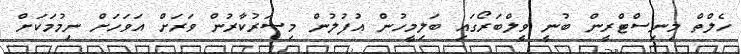
ހެލްތް މިނިސްޓްރީން ބުނީ ވީލްބަރޯގައި ބަލިމީހުން އުފުލުން މިސަރުކާރުން ވަރަށް އަވަހަށް ނިމުމަކަށް